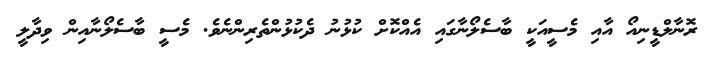
ރޮނާލްޑީނިއޯ އާއި މެސީއަކީ ބާސެލޯނާގައި އެއްކޮށް ކުޅުނު ދެކުޅުންތެރިންނެވެ. މެސީ ބާސެލޯނާއިން ވިދާލީ